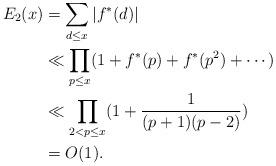
LaTeX: \begin{align*} E_2(x)&=\sum_{d\le x}|f^*(d)|\\ &\ll \prod_{p\le x}(1+f^*(p)+f^*(p^2)+\cdots)\\ &\ll \prod_{2<p\le x}(1+\frac{1}{(p+1)(p-2)})\\ &=O(1). \end{align*}